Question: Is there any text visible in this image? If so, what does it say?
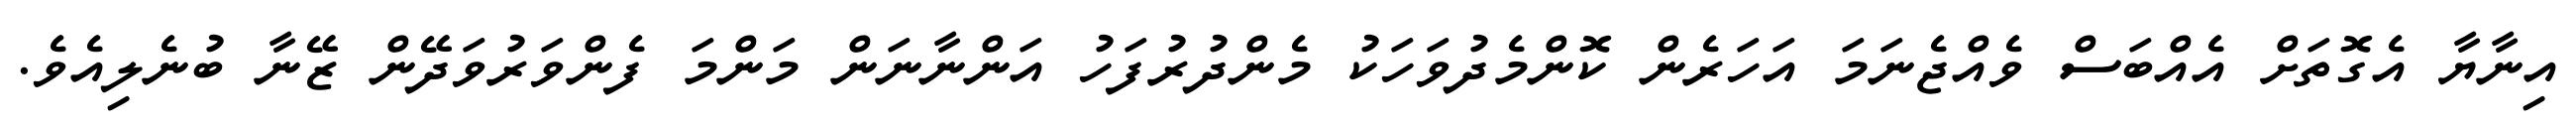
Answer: އިނާޔާ އެގޮތަށް އެއްބަސް ވެއްޖެނަމަ އަހަރެން ކޮންމެދުވަހަކު މެންދުރުފަހު އަންނާނަން މަންމަ ފެންވަރުވަދޭން ޒޭނާ ބުނެލިއެވެ.